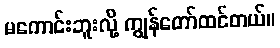
မကောင်းဘူးလို့ ကျွန်တော်ထင်တယ်။